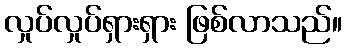
လှုပ်လှုပ်ရှားရှား ဖြစ်လာသည်။